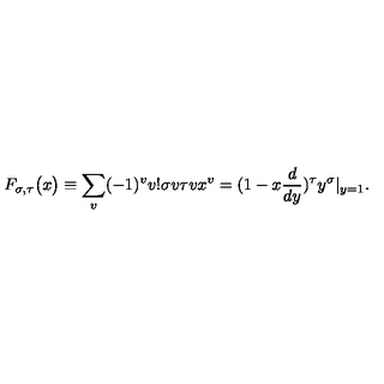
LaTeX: F _ { \sigma , \tau } \big ( x \big ) \equiv \sum _ { v } ( - 1 ) ^ { v } v ! { \binom { \sigma } { v } } { \binom { \tau } { v } } x ^ { v } = ( 1 - x { \frac { d } { d y } } ) ^ { \tau } y ^ { \sigma } | _ { y = 1 } .